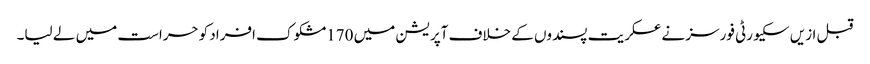
قبل ازیں سکیورٹی فورسز نے عسکریت پسندوں کے خلاف آپریشن میں 170مشکوک افراد کوحراست میں لے لیا۔